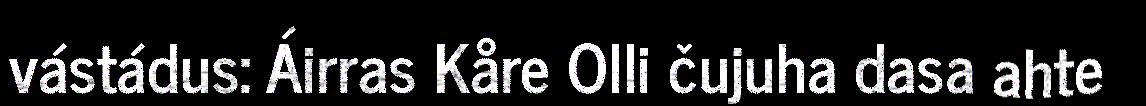
vástádus: Áirras Kåre Olli čujuha dasa ahte